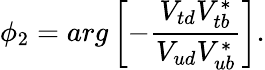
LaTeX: \phi_{2}=arg\left[-\frac{V_{td}V_{tb}^{*}}{V_{ud}V_{ub}^{*}}\right].